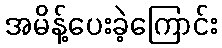
အမိန့်ပေးခဲ့ကြောင်း